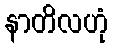
နာတိလဟုံ